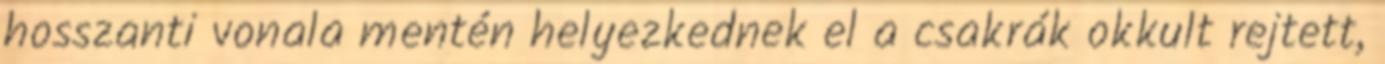
hosszanti vonala mentén helyezkednek el a csakrák okkult rejtett,